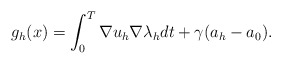
\begin{align*} g_h(x) = \int_{0}^T \nabla u_h \nabla \lambda_h dt + \gamma (a_h - a_0).\end{align*}